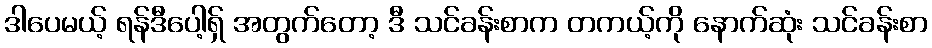
ဒါပေမယ့် ရန်ဒီပေါ့ရှ် အတွက်တော့ ဒီ သင်ခန်းစာက တကယ့်ကို နောက်ဆုံး သင်ခန်းစာ